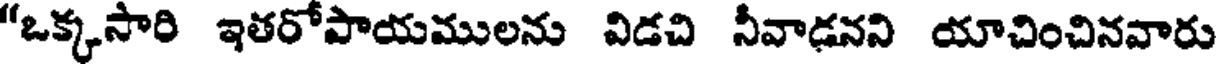
"ఒక్కసారి ఇతరోపాయములను విడచి నీవాడనని యాచించినవారు